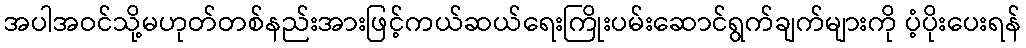
အပါအဝင်သို့မဟုတ်တစ်နည်းအားဖြင့်ကယ်ဆယ်ရေးကြိုးပမ်းဆောင်ရွက်ချက်များကို ပံ့ပိုးပေးရန်